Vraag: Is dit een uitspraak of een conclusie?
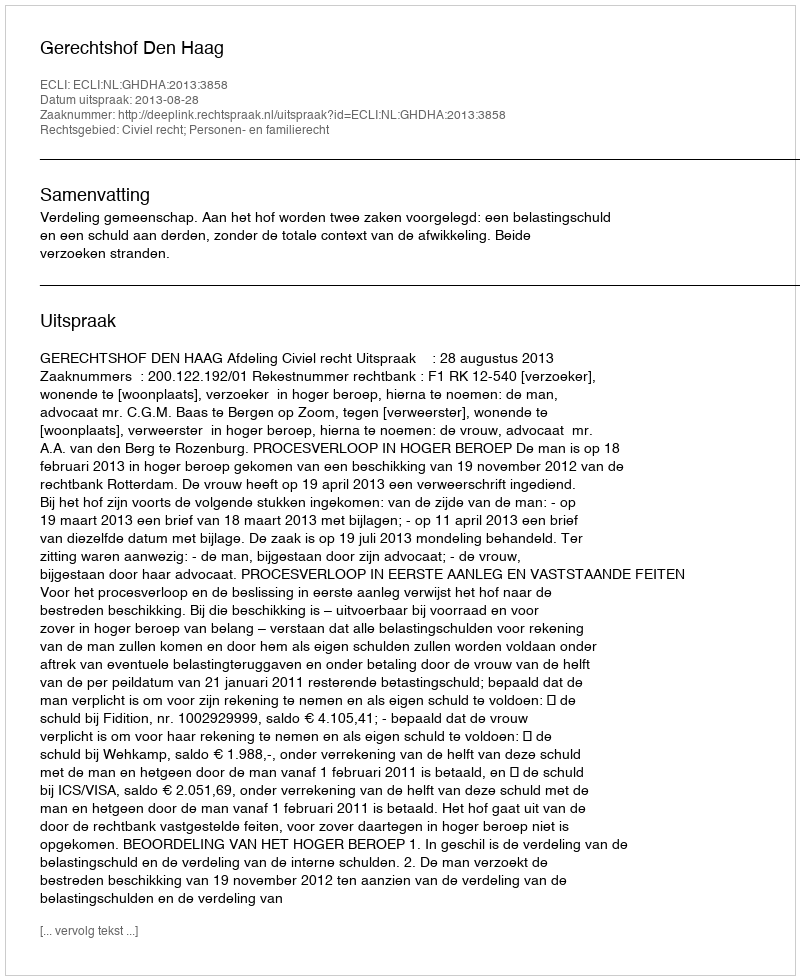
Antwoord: Uitspraak